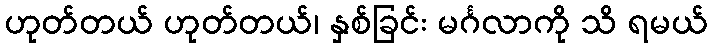
ဟုတ်တယ် ဟုတ်တယ်၊ နှစ်ခြင်း မင်္ဂလာကို သိ ရမယ်